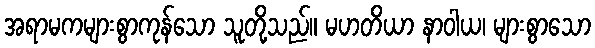
အရာမကများစွာကုန်သော သူတို့သည်။ မဟတိယာ နာဝါယ၊ များစွာသော